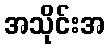
အသိုင်းအ